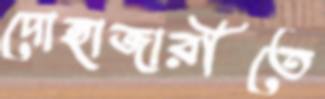
দোহাজারীতে